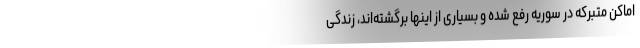
اماکن متبرکه در سوریه رفع شده و بسیاری از اینها برگشته‌اند، زندگی